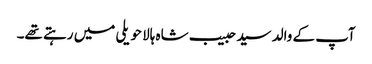
آپ کے والد سید حبیب شاہ ہالا حویلی میں رہتے تھے۔